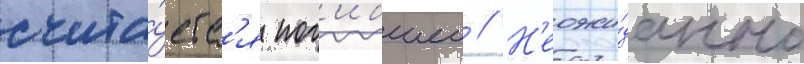
счита́етс'я пог'ибшеи // Н'еожи́данно